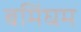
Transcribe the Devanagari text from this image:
बमिंघम